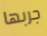
جربها